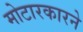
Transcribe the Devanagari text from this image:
मोटारकारने